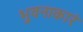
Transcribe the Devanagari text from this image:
भुवनाकारं